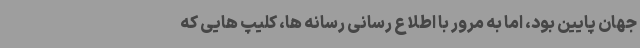
جهان پایین بود، اما به مرور با اطلاع رسانی رسانه ها، کلیپ هایی که